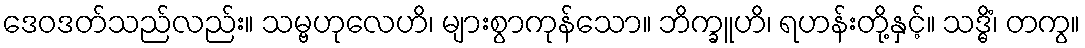
ဒေဝဒတ်သည်လည်း။ သမ္ဗဟုလေဟိ၊ များစွာကုန်သော။ ဘိက္ခူဟိ၊ ရဟန်းတို့နှင့်။ သဒ္ဓိံ၊ တကွ။